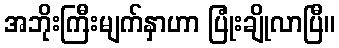
အဘိုးကြီးမျက်နှာဟာ ပြုံးချိုလာပြီ။